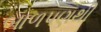
બાળપણથી